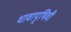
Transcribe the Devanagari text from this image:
धावापृथिवी